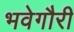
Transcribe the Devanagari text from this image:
भवेगौरी